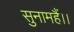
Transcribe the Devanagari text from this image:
सुनामहैं।।